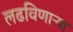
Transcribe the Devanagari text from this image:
लढविणाऱ्या